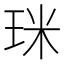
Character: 𤥄